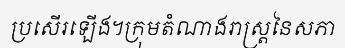
ប្រសើរឡើង។ក្រុមតំណាងរាស្ត្រនៃសភា